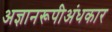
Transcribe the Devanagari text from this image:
अज्ञानरूपीअंधकार